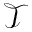
\mathcal { T }